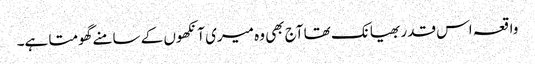
واقعہ اس قدر بھیانک تھا آج بھی وہ میری آنکھوں کے سامنے گھومتا ہے۔